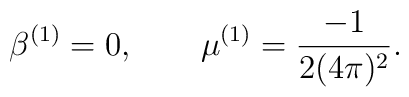
\beta^{(1)}=0,\qquad\mu^{(1)}=\frac{-1}{2(4\pi)^2}.